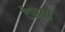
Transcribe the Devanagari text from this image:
टेमपो